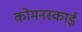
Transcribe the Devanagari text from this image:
कोमनस्काई